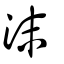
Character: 沫